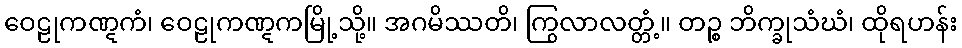
ဝေဠုကဏ္ဋကံ၊ ဝေဠုကဏ္ဋကမြို့သို့။ အဂမိဿတိ၊ ကြွလာလတ္တံ့။ တဉ္စ ဘိက္ခုသံဃံ၊ ထိုရဟန်း